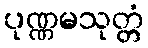
ပုဏ္ဏမသုတ္တံ